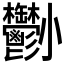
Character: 𡯀